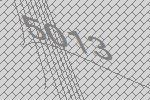
5013